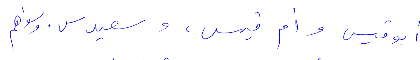
أبو قيس وأم قيس، وسعيد. وسواهم